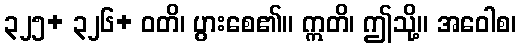
၃၂၅+ ၃၂၆+ ဝတိ၊ ပွားစေ၏။ ဣတိ၊ ဤသို့။ အဝေါစ၊